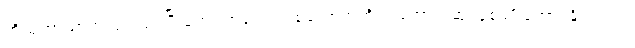
ကိုယ့်ဘာသာအလုပ်လုပ်ပြီးတော့ ကလေးတစ်ယောက်ကို အကောင်းဆုံးပြုစုပျိုးထောင်နိုင်တယ်။